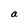
Character: a